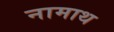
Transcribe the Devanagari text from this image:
नामाथ